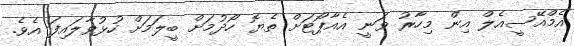
އެމްއޭސީއެލް އިން މިހާރު ވަނީ އެއާޕޯޓަށް ތެޔޮ ހޯދުމަށް ބީލަމަށް ހުޅުވާލައިފަ އެވެ.